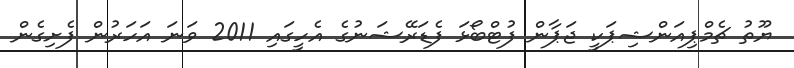
ޔޫތު ޗެމްޕިއަންޝިޕަކީ ޖަޕާން ފުޓްބޯޅަ ފެޑަރޭޝަނުގެ އެހީގައި 2011 ވަނަ އަހަރުން ފެށިގެން